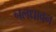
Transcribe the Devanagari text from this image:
नलधावन